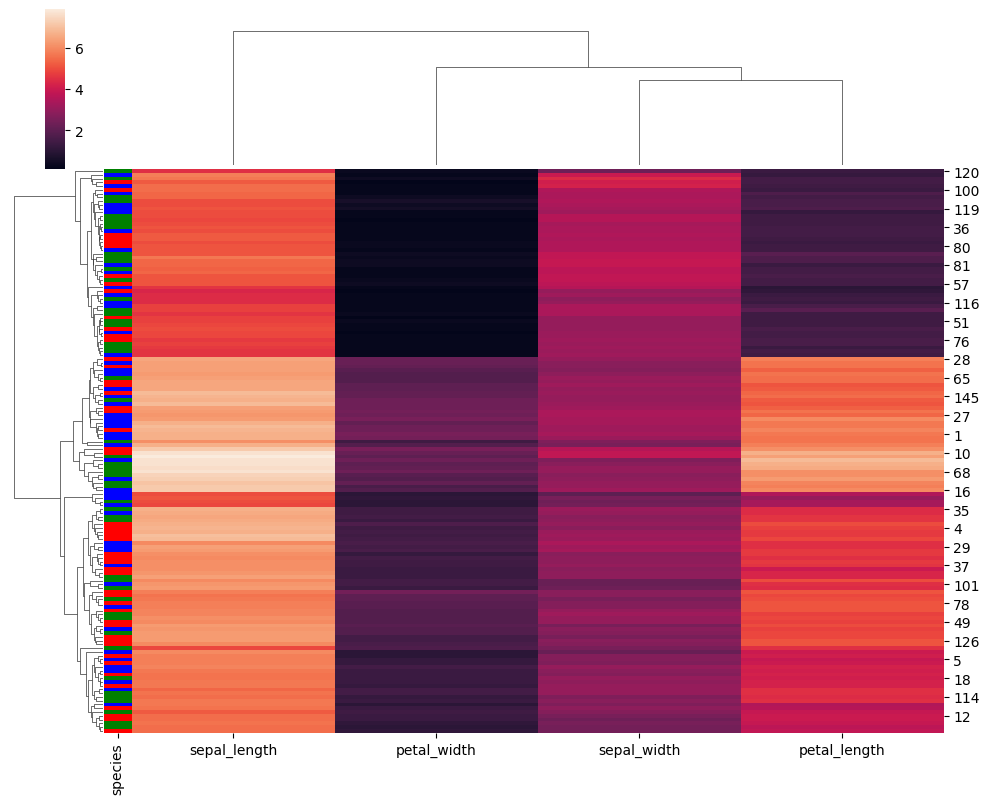
python, seaborn, clustermap, figsize=(10, 8), row_cluster=True, dendrogram_ratio=(0.1, 0.2), cbar_pos=(0.05, 0.8, 0.02, 0.2)